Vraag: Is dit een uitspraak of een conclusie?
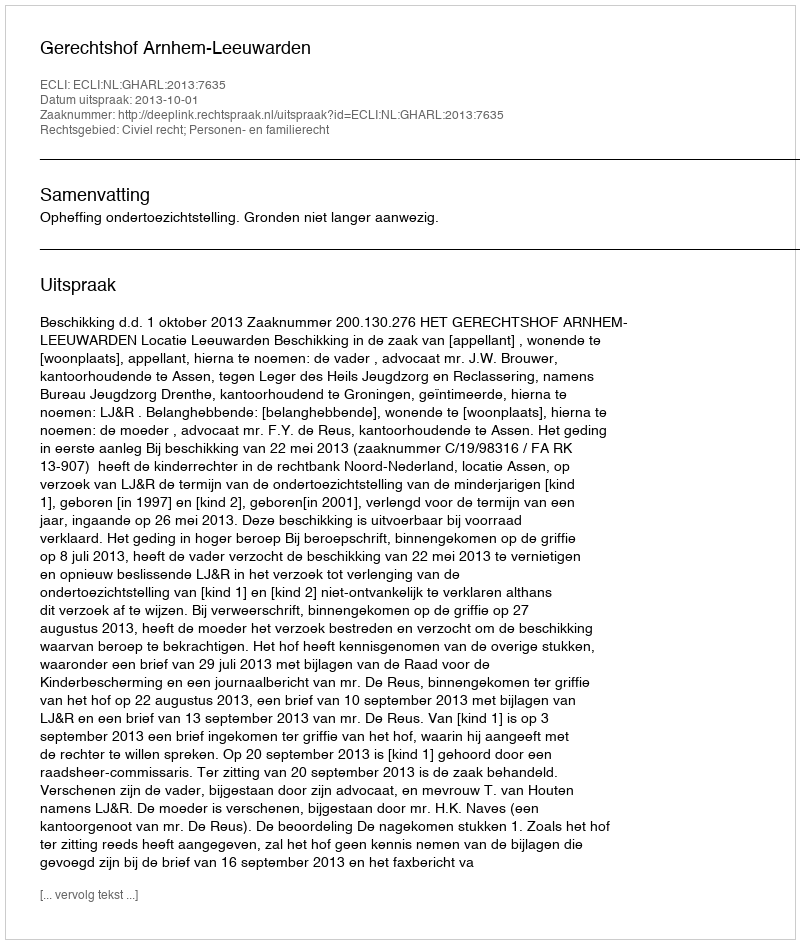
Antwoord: Uitspraak